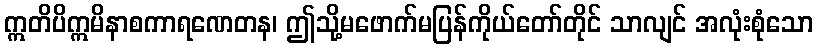
ဣတိပိဣမိနာစကာရဏေတန၊ ဤသို့မဖောက်မပြန်ကိုယ်တော်တိုင် သာလျင် အလုံးစုံသော